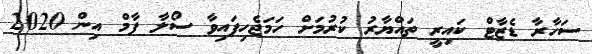
ސަހާރާ ޑެޒާޓް ކައިރީ ތައްޔާރު ކުރުމަށް ހަމަޖެހިފައިވާ ސޯލާ ފާމް އިން 2020